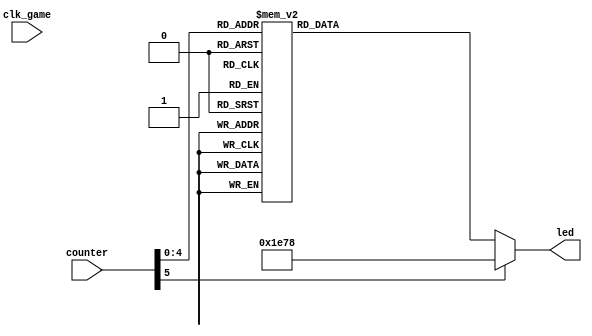
module counter_to_led(counter,clk_game,led);
input [5:0]counter;
input clk_game;
output reg [15:0]led;

    always @ (*)
    begin
     case(counter)
     0:  led=16'b0001111111111000;
     1:  led=16'b0000000000000001;
     2:  led=16'b0000000000000010;
     3:  led=16'b0000000000000100;
     4:  led=16'b0000000000001000;
     5:  led=16'b0000000000010000;
     6:  led=16'b0000000000100000;
     7:  led=16'b0000000001000000;
     8:  led=16'b0000000010000000;
     9:  led=16'b0000000100000000;
     10: led=16'b0000001000000000;
     11: led=16'b0000010000000000;
     12: led=16'b0000100000000000;
     13: led=16'b0001000000000000;
     14: led=16'b0010000000000000;
     15: led=16'b0100000000000000;
     16: led=16'b1000000000000000;
     17: led=16'b0001111111111000;
default: led=16'b0001111001111000;
     endcase
    end

endmodule